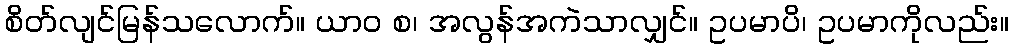
စိတ်လျင်မြန်သလောက်။ ယာဝ စ၊ အလွန်အကဲသာလျှင်။ ဥပမာပိ၊ ဥပမာကိုလည်း။